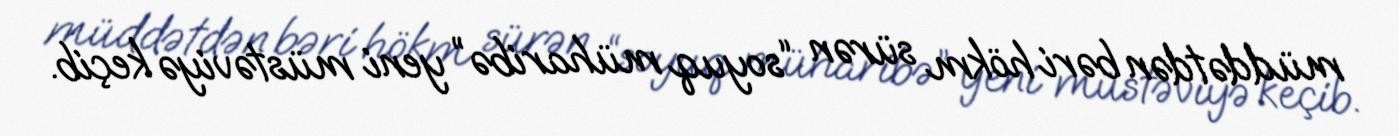
müddətdən bəri hökm sürən “soyuq müharibə” yeni müstəviyə keçib.